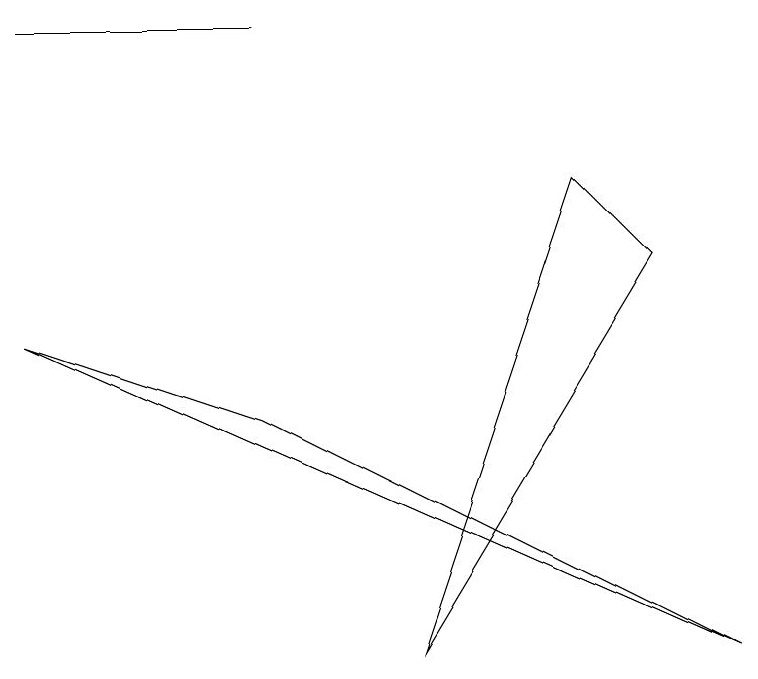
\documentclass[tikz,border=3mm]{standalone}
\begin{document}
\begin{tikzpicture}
\draw (5,2) -- (8,7) -- (7,8) -- cycle;
\draw (0,10) rectangle (3,10);
\draw (9,2) -- (3,5) -- (0,6) -- cycle;
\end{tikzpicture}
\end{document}